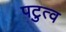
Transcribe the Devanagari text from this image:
पटुत्व